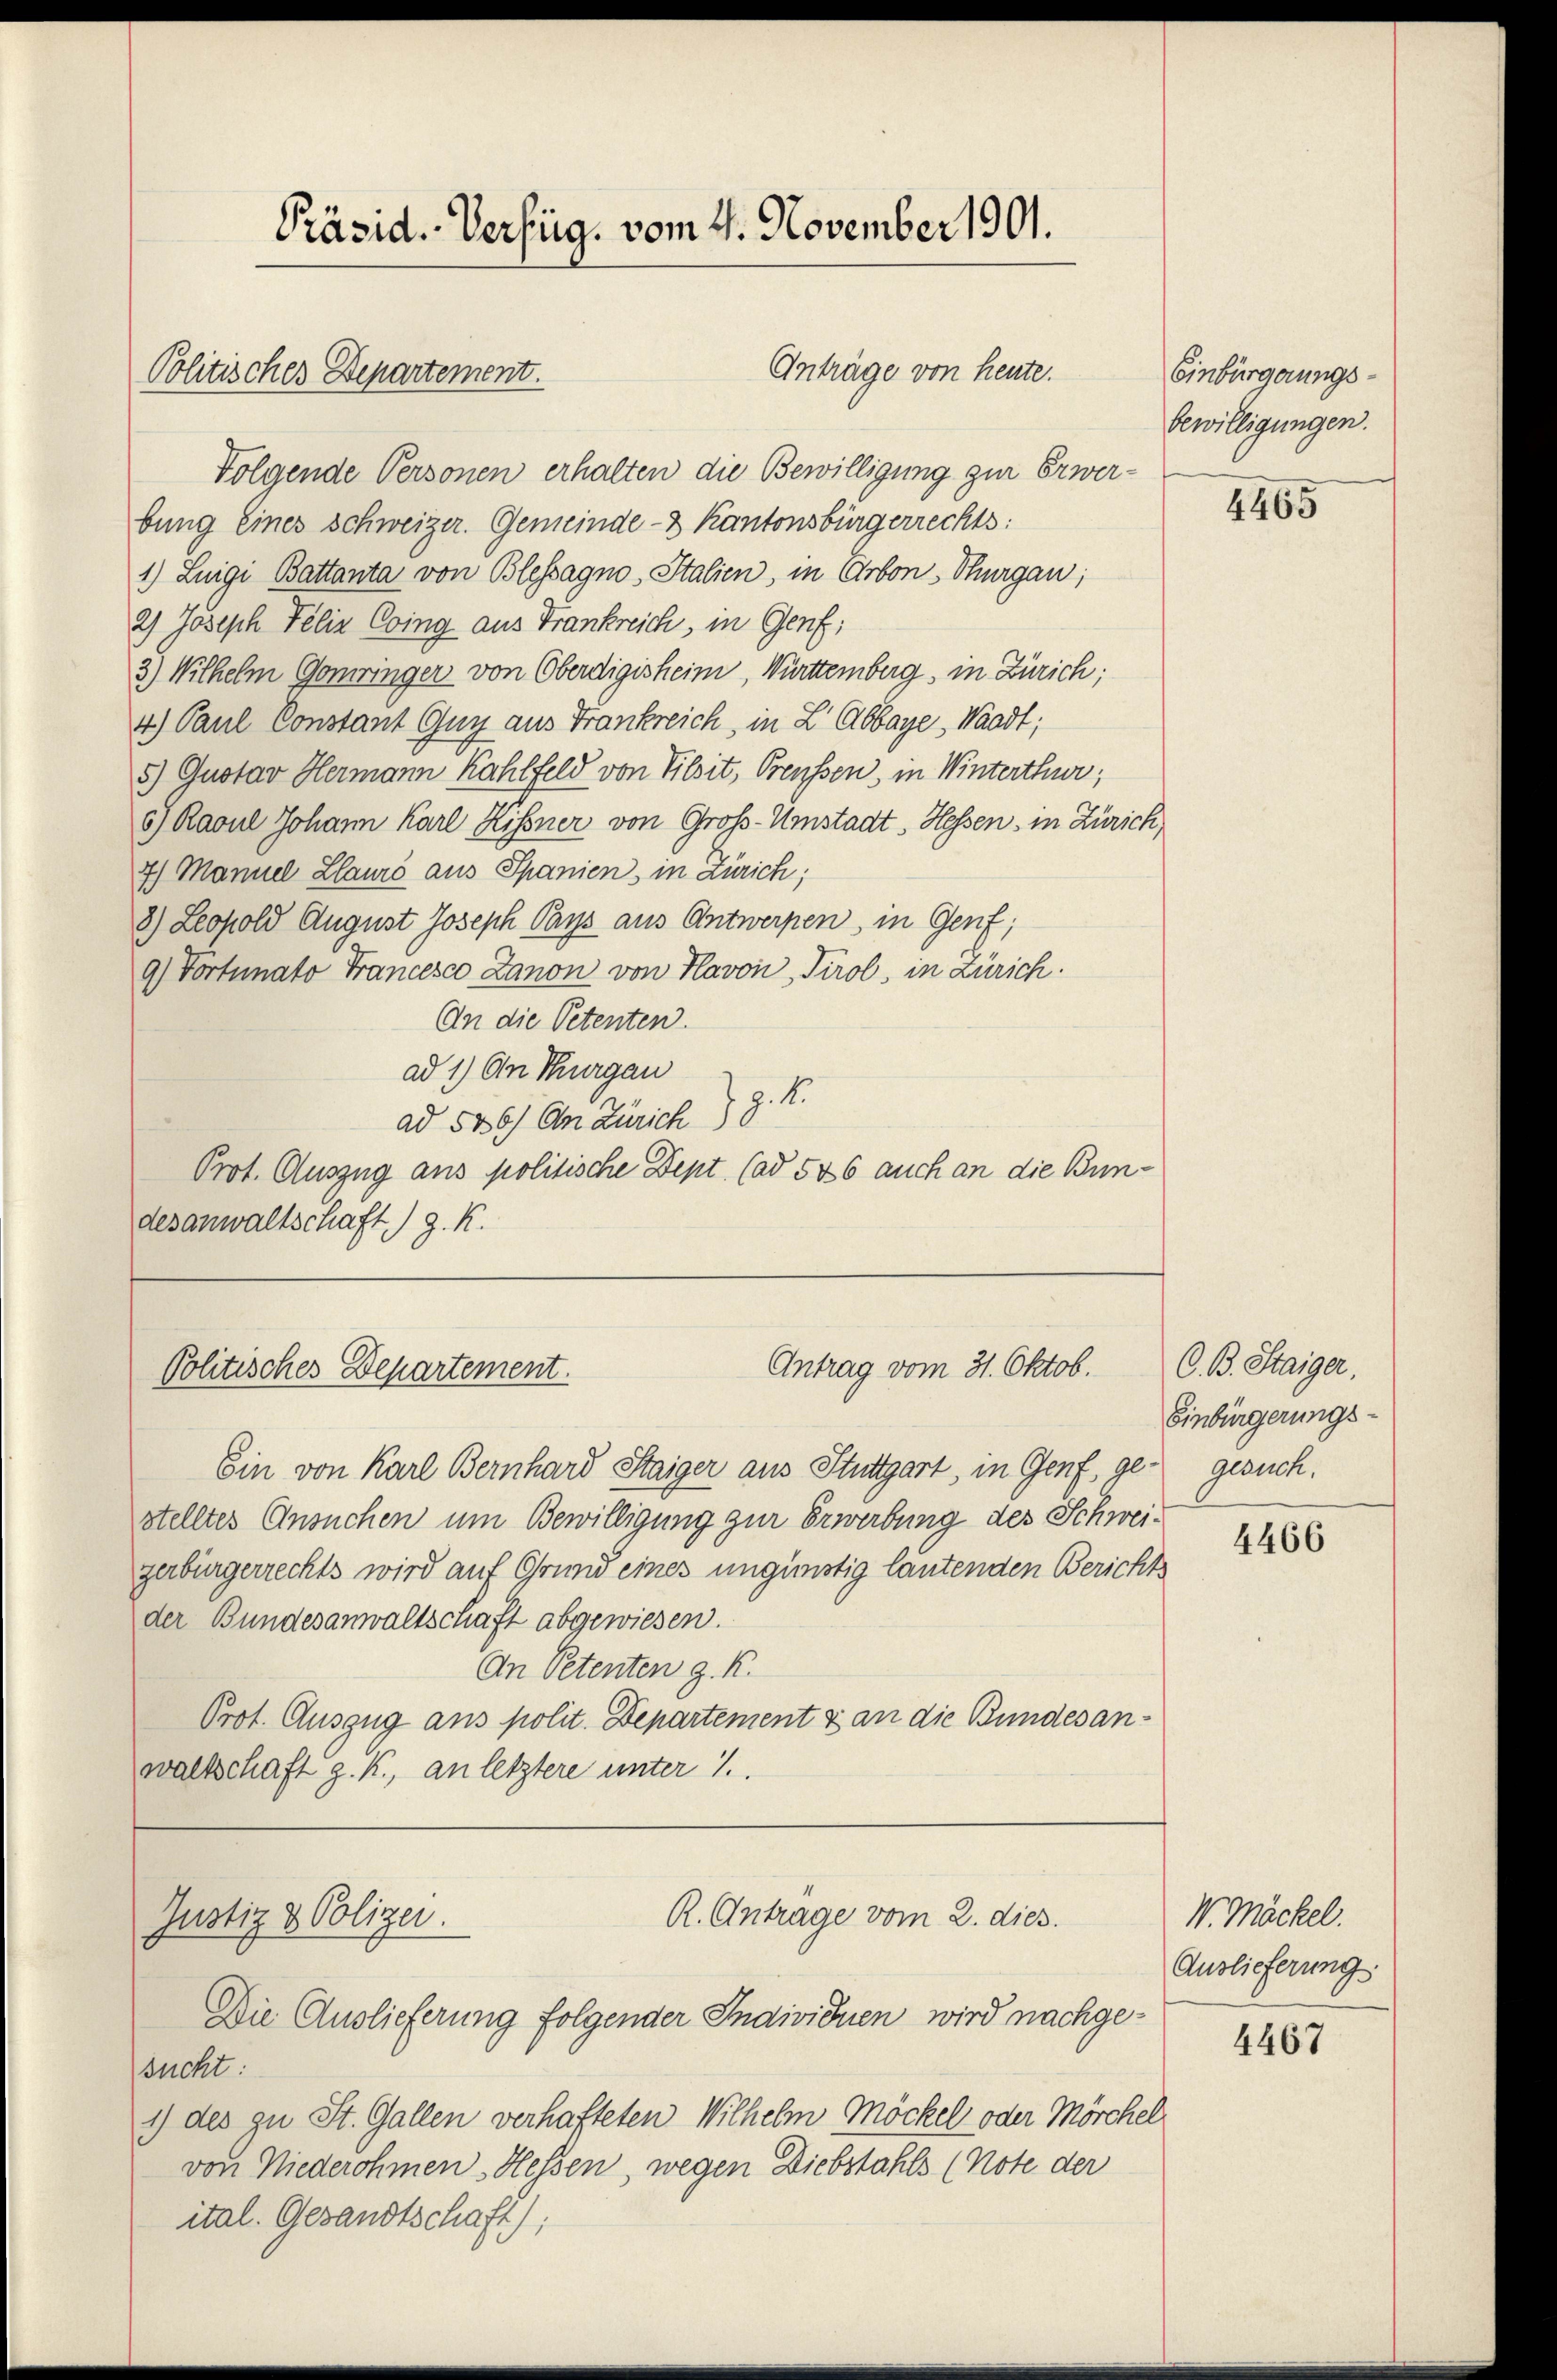
Präsid. Verfüg, vom 4. November 1901.

Politisches Departement.

Anträge von heute.
Folgende Personen erhalten die Bewilligung zur Erwerbung eines Schweizer. Gemeinde- & Kantonsbürgerrechts:
1) Luigi Battanta von Blessagno, Italien, in Arbon, Thurgau;
2) Joseph Felix Coing aus Frankreich, in Genf;
3) Wilhelm Gomringer von Oberdigisheim, Württemberg, in Zürich;
4) Paul Constant Guy aus Frankreich, in L. Abbaye, Waadt;
5) Gustav Hermann Kahlfeld von Vilsit, Preussen, in Winterthur;
6) Ravul Johann Karl Kissner von Groß-Umstadt. Hessen, in Zürich,
7) Mannel Zlauro aus Spanien, in Zürich;
8) Leopold August Joseph Pays aus Antwerpen, in Genf,
9.) Vortunato Francesco Zanon von Havon, Tirol, in Zürich.
An die Petenten.
ad 1) An Thurgau
ad 530) An Zürich J. K.
Prot. Auszug aus politische Dept. (ad 526 auch an die Bundesanwaltschaft) g. K.

Antrag vom 31. Oktob.
Politisches Departement.

Ein von Karl Bernhard Staiger aus Stuttgart, in Genf, ge- gesuch.
stelltes Ansuchen um Bewilligung zur Erwerbung des Schweizerbürgerrechts wird auf Grund eines ungünstig lautenden Berichts
der Bundesanwaltschaft abgewiesen.
An Petenten z. K.
Prot. Auszug aus polit. Departement & an die Bundesanwaltschaft g. K., an letztere unter 1.

Justiz & Polizei.

R. Antrage vom 2. dies

Einbürgerungsbewilligungen.

Die Auslieferung folgender Individuen wird nachgesucht:
1) des zu St. Gallen verhafteten Wilhelm Möckel oder Mörchel
von Niederohmen Hessen, wegen Diebstahls (Note der
ital. Gesandtschaft);

4465

C. B. Staiger,
Einbürgerungs¬

4466

V. Möckel.
Auslieferung

4467